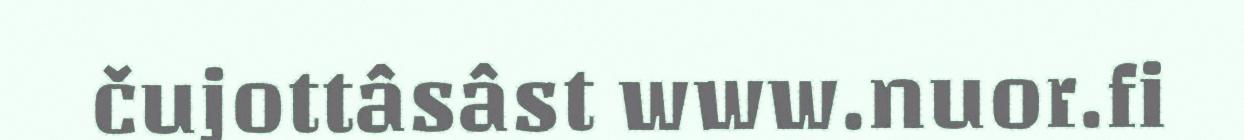
čujottâsâst www.nuor.fi